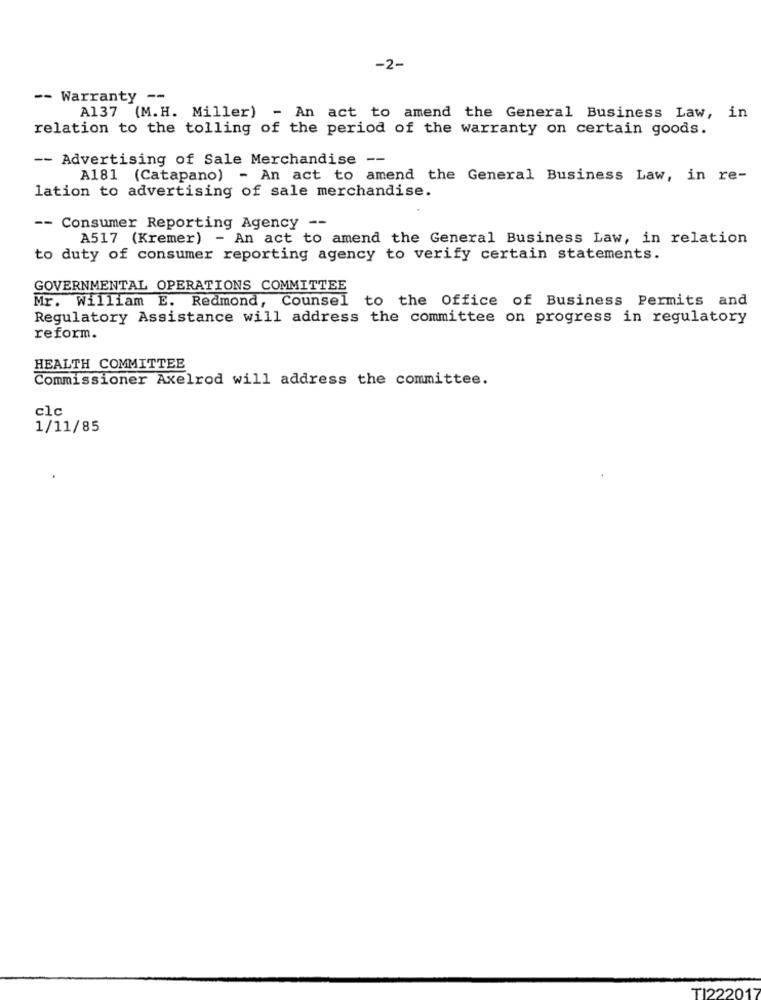
-2-
-- Warranty --
A137 (M.H. Miller) - An act to amend the General Business Law, in
relation to the tolling of the period of the warranty on certain goods.
-- Advertising of Sale Merchandise
--
A181 (Catapano)
- An act to amend the General Business Law, in re-
lation to advertising of sale merchandise.
-- Consumer Reporting Agency --
A517 (Kremer) - An act to amend the General Business Law, in relation
to duty of consumer reporting agency to verify certain statements.
GOVERNMENTAL OPERATIONS COMMITTEE
Mr. William E. Redmond, Counsel to the Office of Business Permits and
Regulatory Assistance will address the committee on progress in regulatory
reform.
HEALTH COMMITTEE
Commissioner Axelrod will address the committee.
clc
1/11/85
TI222017